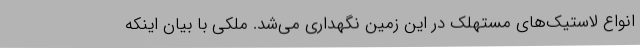
انواع لاستیک‌های مستهلک در این زمین نگهداری می‌شد. ملکی با بیان اینکه